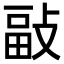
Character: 𢾇